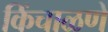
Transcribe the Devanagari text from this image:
किंचाळणे